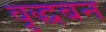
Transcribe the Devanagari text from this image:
वृद्धबन